Tezpur Lunatic Asylum reports 1895-1904 - 1895-1904
Year: 1895
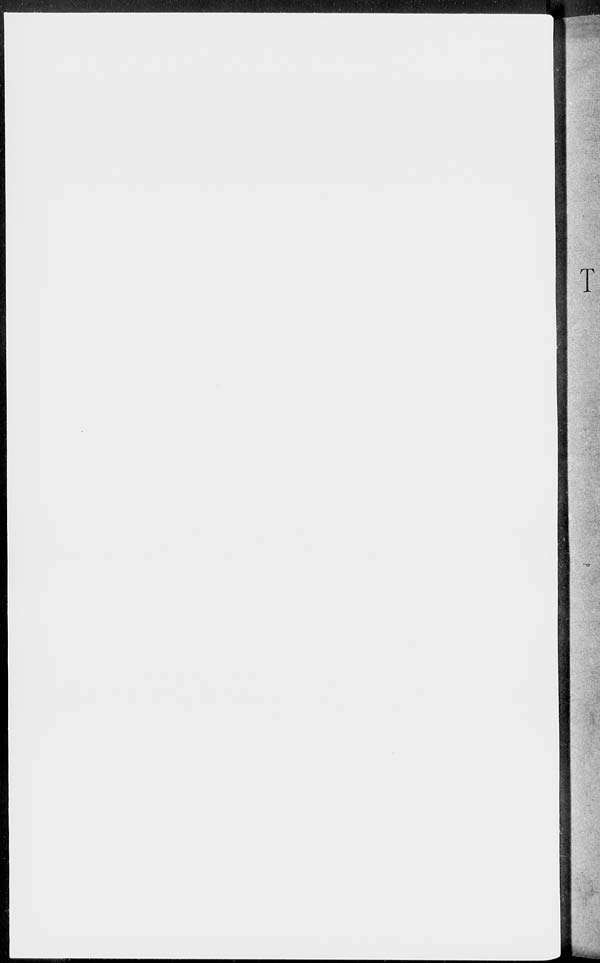
T